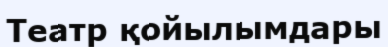
Театр қойылымдары